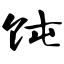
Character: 饨